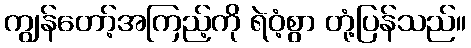
ကျွန်တော့်အကြည့်ကို ရဲဝံ့စွာ တုံ့ပြန်သည်။